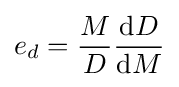
e_{d}={\frac {M}{D}}{\frac {{\textrm {d}}D}{{\textrm {d}}M}}